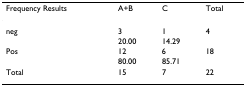
<table><thead><tr><td><b>Frequency Results</b></td><td><b>A+B</b></td><td><b>C</b></td><td><b>Total</b></td></tr></thead><tbody><tr><td>neg</td><td>3</td><td>1</td><td>4</td></tr><tr><td>[EMPTY_CELL]</td><td>20.00</td><td>14.29</td><td>[EMPTY_CELL]</td></tr><tr><td>Pos</td><td>12</td><td>6</td><td>18</td></tr><tr><td>[EMPTY_CELL]</td><td>80.00</td><td>85.71</td><td>[EMPTY_CELL]</td></tr><tr><td>Total</td><td>15</td><td>7</td><td>22</td></tr></tbody></table>